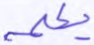
يكلمه